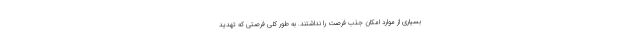
بسیاری از موارد امکان جذب فرصت را نداشتند. به طور کلی فرصتی که تهدید